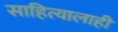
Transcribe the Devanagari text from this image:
साहित्यालाही